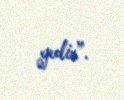
gedir”.